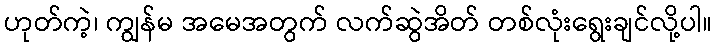
ဟုတ်ကဲ့၊ ကျွန်မ အမေအတွက် လက်ဆွဲအိတ် တစ်လုံးရွေးချင်လို့ပါ။